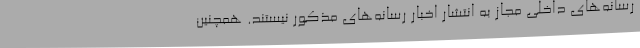
رسانه‌های داخلی مجاز به انتشار اخبار رسانه‌های مذکور نیستند. همچنین